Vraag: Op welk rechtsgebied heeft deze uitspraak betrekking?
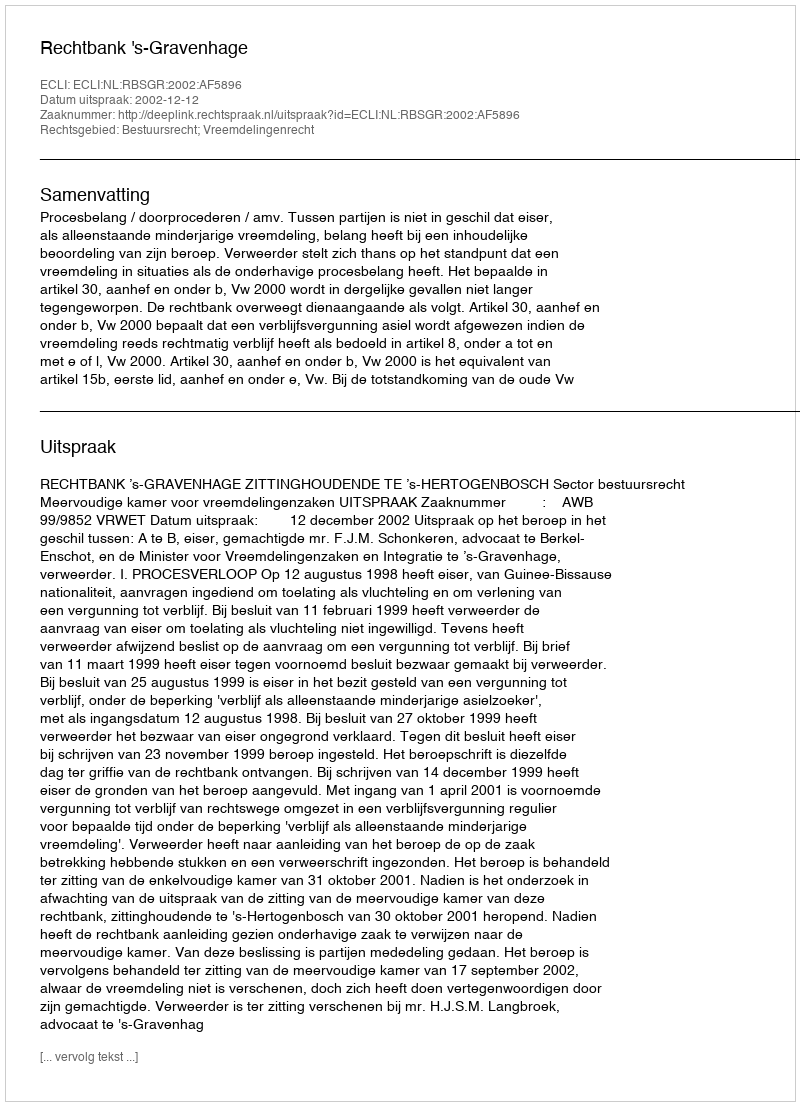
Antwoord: Bestuursrecht; Vreemdelingenrecht